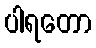
ပါရတော